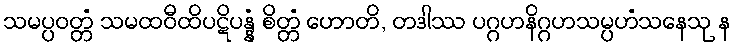
သမပ္ပဝတ္တံ သမထဝီထိပဋိပန္နံ စိတ္တံ ဟောတိ, တဒါဿ ပဂ္ဂဟနိဂ္ဂဟသမ္ပဟံသနေသု န